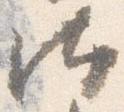
汰